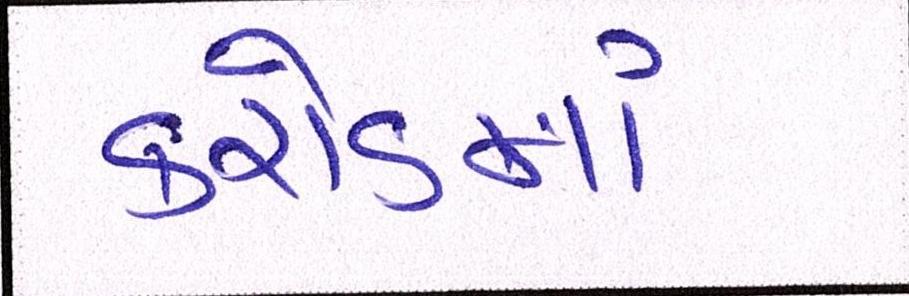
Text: કરોડમાં